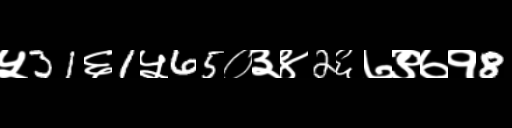
Text: ५31६1५65०३४2६७९७१8